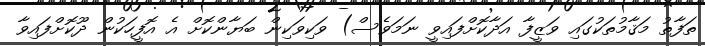
ތަފާތު މަޤާމުތަކުގައި ވަޒީފާ އަދާކޮށްފައިވީ ނަމަވެސް) ވަކިވަކިން ބަޔާންކޮށް އެ އޮފީހަކުން ދޫކޮށްފައިވާ